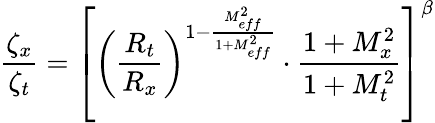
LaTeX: \frac{\zeta_{x}}{\zeta_{t}}=\left[\left(\frac{R_{t}}{R_{x}}\right)^{1-\frac{M_{eff}^{2}}{1+M_{eff}^{2}}}\cdot\frac{1+M_{x}^{2}}{1+M_{t}^{2}}\right]^{\beta}